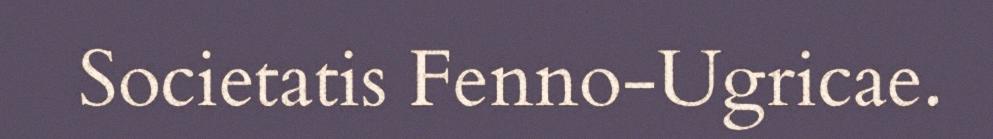
Societatis Fenno-Ugricae.